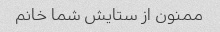
ممنون از ستایش شما خانم